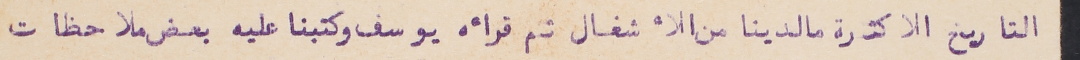
التاريخ الا كثرة ما لدينا من الأشغال ثم قرأه يوسف وكتبنا عليه بعض ملاحظات